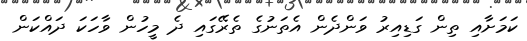
ކަމަށާއި ތިން ގަޑިއިރު ވަންދެން އެތަނުގެ ތެރޭގައި ދެ މީހުން ވާހަކަ ދައްކަން